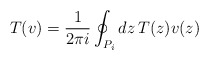
\begin{align*}T(v)=\frac{1}{2\pi i}\oint_{P_{i}}dz\,T(z)v(z)\end{align*}